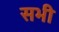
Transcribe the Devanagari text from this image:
सभी